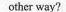
other way?